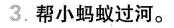
3.帮小蚂蚁过河。